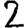
Digit: 2